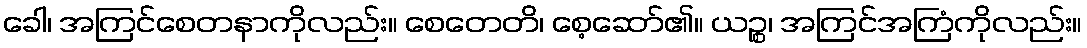
ခေါ၊ အကြင်စေတနာကိုလည်း။ စေတေတိ၊ စေ့ဆော်၏။ ယဉ္စ၊ အကြင်အကြံကိုလည်း။